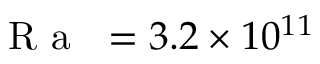
\mathrm { ~ \textit ~ { ~ R ~ a ~ } ~ } = 3 . 2 \times 1 0 ^ { 1 1 }